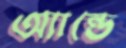
অ্যান্ডে